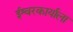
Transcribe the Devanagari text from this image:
ईश्वरकार्याला